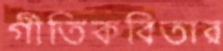
গীতিকবিতার